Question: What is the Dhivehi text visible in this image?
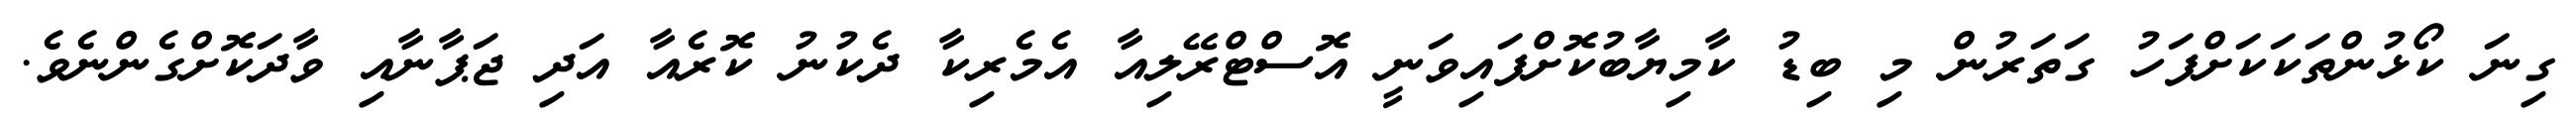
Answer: ގިނަ ކޯޅުންތަކަކަށްފަހު ގަތަރުން މި ބިޑު ކާމިޔާބުކޮށްފައިވަނީ އޮސްޓްރޭލިއާ އެމެރިކާ ދެކުނު ކޮރެއާ އަދި ޖަޕާނާއި ވާދަކޮށްގެންނެވެ.